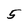
Character: 5